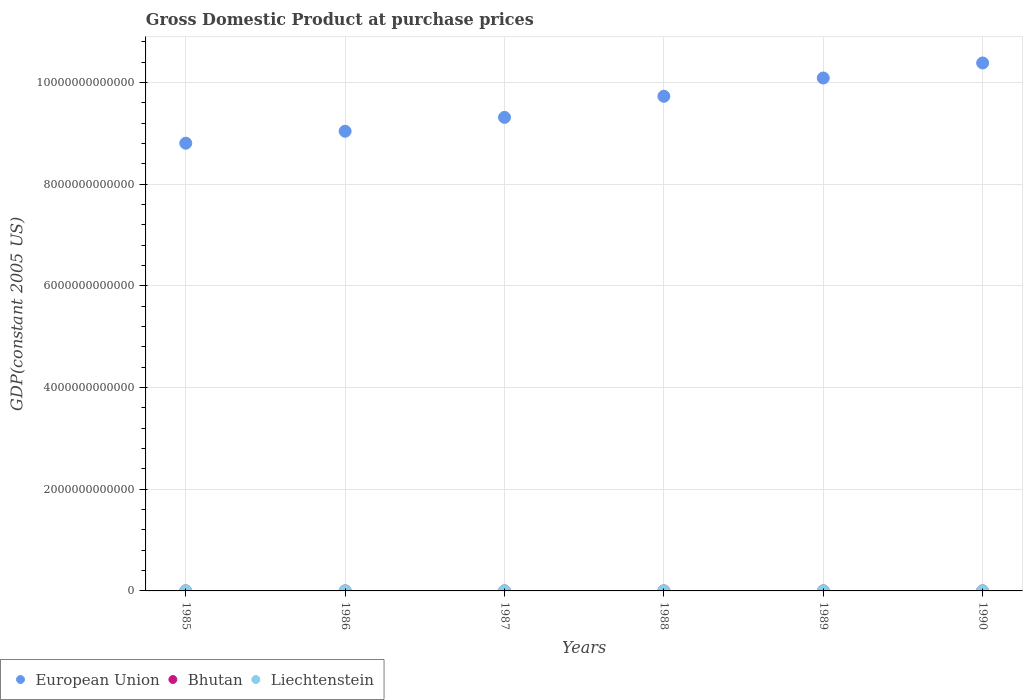
| Years | European Union | Bhutan | Liechtenstein |
 | --- | --- | --- | --- |
 | 1985 | 8.8e+12 | 1.92e+08 | 1.56e+09 |
 | 1986 | 9.04e+12 | 2.14e+08 | 1.63e+09 |
 | 1987 | 9.31e+12 | 2.75e+08 | 1.78e+09 |
 | 1988 | 9.73e+12 | 2.89e+08 | 1.88e+09 |
 | 1989 | 1.01e+13 | 3.11e+08 | 1.96e+09 |
 | 1990 | 1.04e+13 | 3.45e+08 | 2.01e+09 |